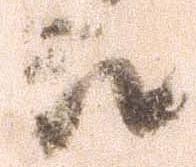
取